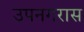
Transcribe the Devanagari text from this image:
उपनगरास